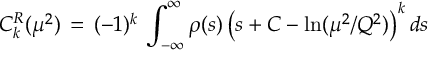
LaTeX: C _ { k } ^ { R } ( \mu ^ { 2 } ) \, = \, ( - 1 ) ^ { k } \, \int _ { - \infty } ^ { \infty } \rho ( s ) \left( s + { \cal C } - \ln ( \mu ^ { 2 } / Q ^ { 2 } ) \right) ^ { k } d s